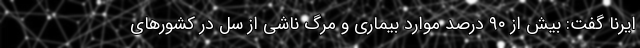
ایرنا گفت: بیش از ۹۰ درصد موارد بیماری و مرگ ناشی از سل در کشورهای